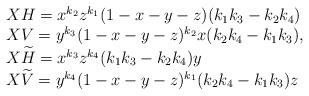
LaTeX: \begin{align*}\begin{array}{l}XH=x^{k_2}z^{k_1}(1-x-y-z)(k_1 k_3 - k_2 k_4 ) \\XV=y^{k_3}(1-x-y-z)^{k_2}x(k_2 k_4 -k_1 k_3),\\ X\widetilde{H}=x^{k_3}z^{k_4}(k_1 k_3 - k_2 k_4)y \\X\widetilde{V}=y^{k_4}(1-x-y-z)^{k_1}(k_2k_4 - k_1k_3)z\end{array}\end{align*}